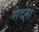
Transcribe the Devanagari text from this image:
सेदना